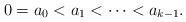
LaTeX: \begin{align*}0 = a_0 < a_1 < \cdots < a_{k-1}. \end{align*}